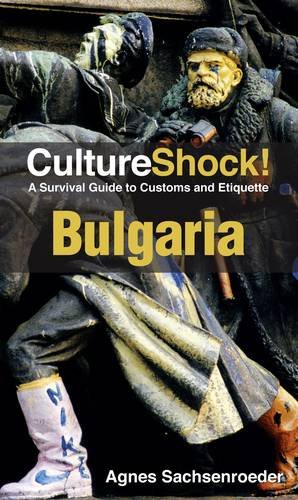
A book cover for CultureShock! Bulgaria: A Survival Guide to Customs and Etiquette (Cultureshock Bulgaria: A Survival Guide to Customs & Etiquette); Agnes Sachsenroeder; Travel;